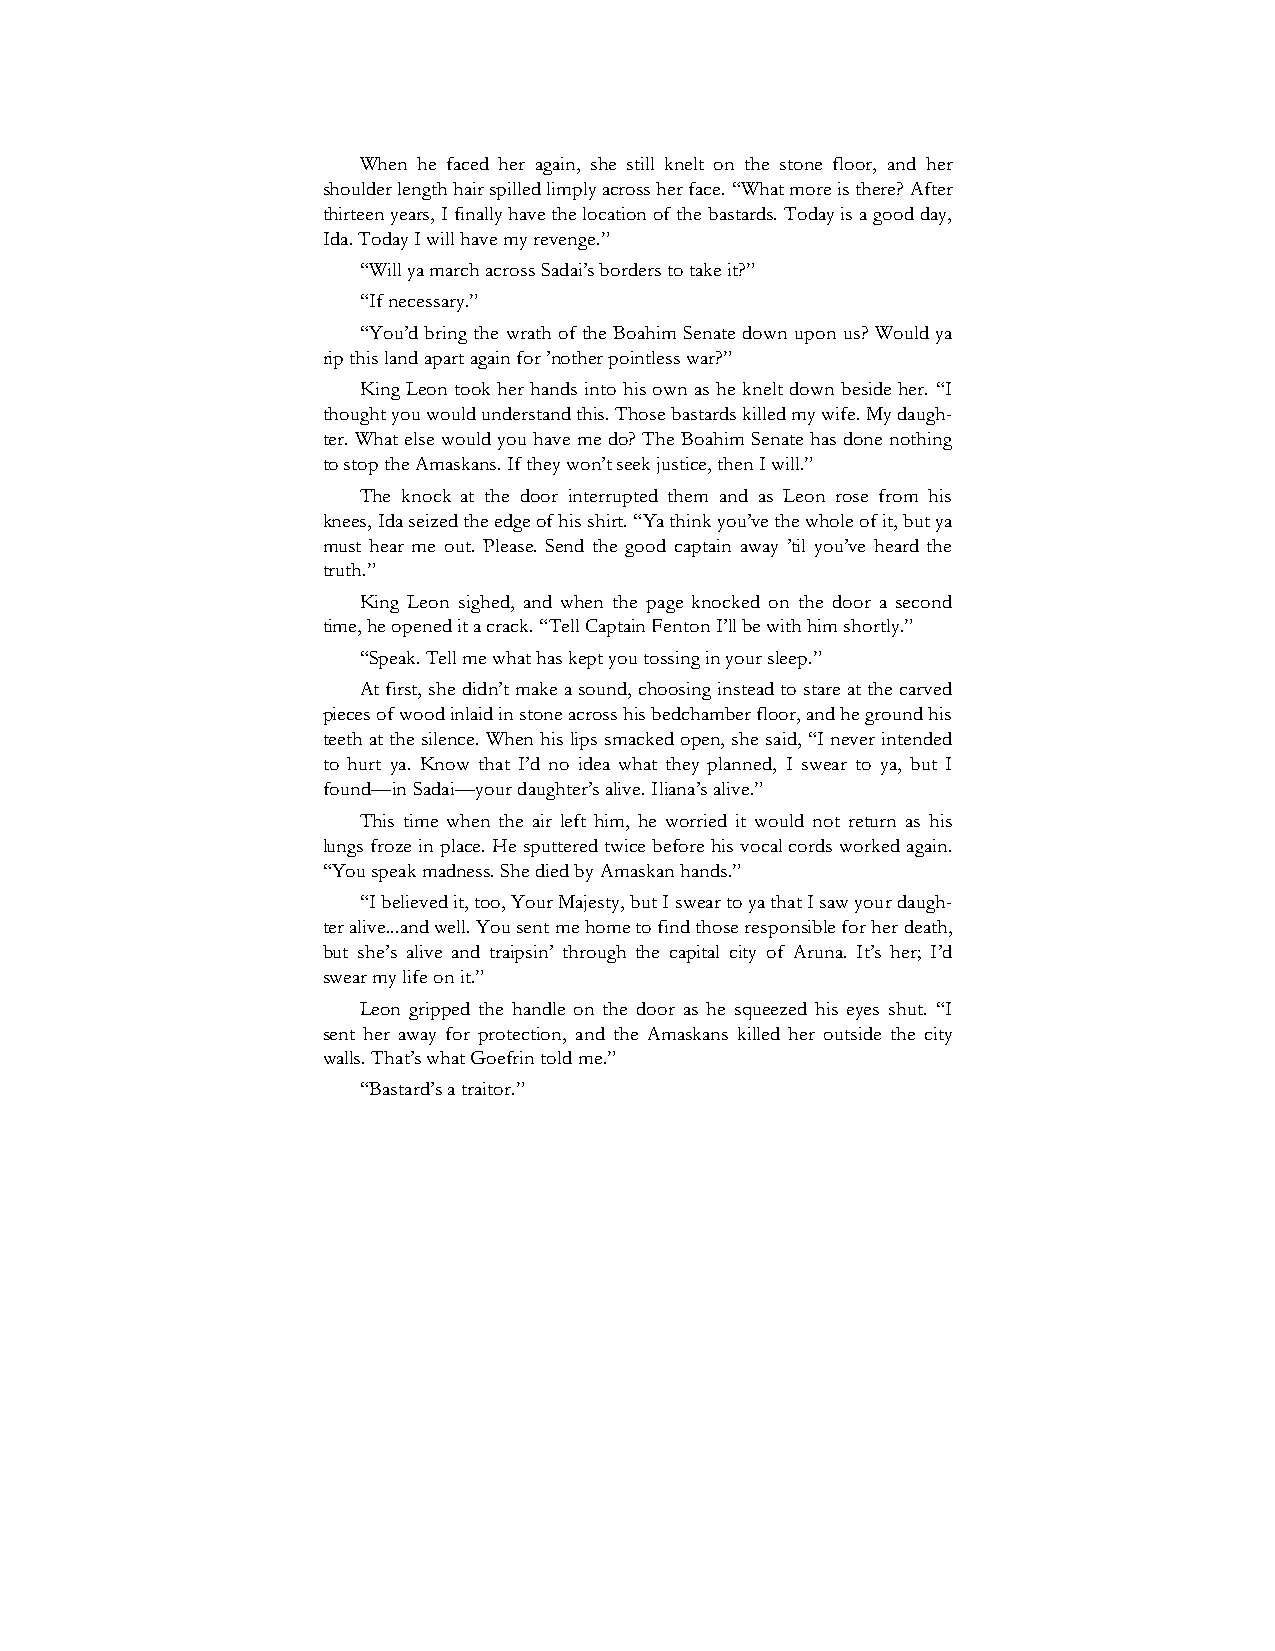
When he faced her again, she still knelt on the stone floor, and her
 shoulder length hair spilled limply across her face. “What more is there? After
 thirteen years, I finally have the location of the bastards. Today is a good day,
 Ida. Today I will have my revenge.”
 “Will ya march across Sadai’s borders to take it?”
 “If necessary.”
 “You’d bring the wrath of the Boahim Senate down upon us? Would ya
 rip this land apart again for ’nother pointless war?”
 King Leon took her hands into his own as he knelt down beside her. “I
 thought you would understand this. Those bastards killed my wife. My daugh-
 ter. What else would you have me do? The Boahim Senate has done nothing
 to stop the Amaskans. If they won’t seek justice, then I will.”
 The knock at the door interrupted them and as Leon rose from his
 knees, Ida seized the edge of his shirt. “Ya think you’ve the whole of it, but ya
 must hear me out. Please. Send the good captain away ’til you’ve heard the
 truth.”
 King Leon sighed, and when the page knocked on the door a second
 time, he opened it a crack. “Tell Captain Fenton I’ll be with him shortly.”
 “Speak. Tell me what has kept you tossing in your sleep.”
 At first, she didn’t make a sound, choosing instead to stare at the carved
 pieces of wood inlaid in stone across his bedchamber floor, and he ground his
 teeth at the silence. When his lips smacked open, she said, “I never intended
 to hurt ya. Know that I’d no idea what they planned, I swear to ya, but I
 found—in Sadai—your daughter’s alive. Iliana’s alive.”
 This time when the air left him, he worried it would not return as his
 lungs froze in place. He sputtered twice before his vocal cords worked again.
 “You speak madness. She died by Amaskan hands.”
 “I believed it, too, Your Majesty, but I swear to ya that I saw your daugh-
 ter alive...and well. You sent me home to find those responsible for her death,
 but she’s alive and traipsin’ through the capital city of Aruna. It’s her; I’d
 swear my life on it.”
 Leon gripped the handle on the door as he squeezed his eyes shut. “I
 sent her away for protection, and the Amaskans killed her outside the city
 walls. That’s what Goefrin told me.”
 “Bastard’s a traitor.”